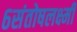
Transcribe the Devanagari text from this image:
६संतोषलक्ष्मी